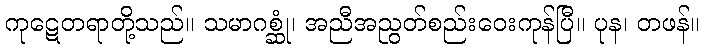
ကုဋေတရာတို့သည်။ သမာဂစ္ဆုံ၊ အညီအညွတ်စည်းဝေးကုန်ပြီ။ ပုန၊ တဖန်။